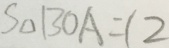
S _ { \Delta } B O A = 1 2